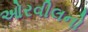
ઓરવીલનો